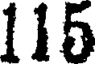
115